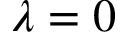
\lambda = 0